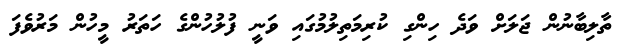
ތާލިބާނުން ޖަލަށް ވަދެ ހިންގި ކުރިމަތިލުމުގައި ވަނީ ފުލުހުންގެ ހަތަރު މީހުން މަރުވެފަ